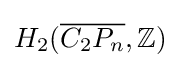
H_{2}({\overline {C_{2}P_{n}}},\mathbb {Z} )